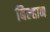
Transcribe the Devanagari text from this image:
बिल्हान